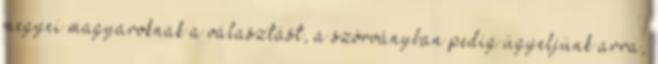
megyei magyaroknak a választást, a szórványban pedig ügyeljünk arra,